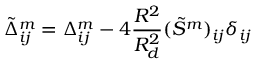
\tilde { \Delta } _ { i j } ^ { m } = \Delta _ { i j } ^ { m } - 4 \frac { R ^ { 2 } } { R _ { d } ^ { 2 } } ( \Tilde { S } ^ { m } ) _ { i j } \delta _ { i j }